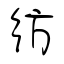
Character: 彷